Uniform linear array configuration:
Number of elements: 8
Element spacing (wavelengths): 0.5
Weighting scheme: binomial
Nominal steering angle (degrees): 15
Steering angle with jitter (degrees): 16.925
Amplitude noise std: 0.05
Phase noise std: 0.05

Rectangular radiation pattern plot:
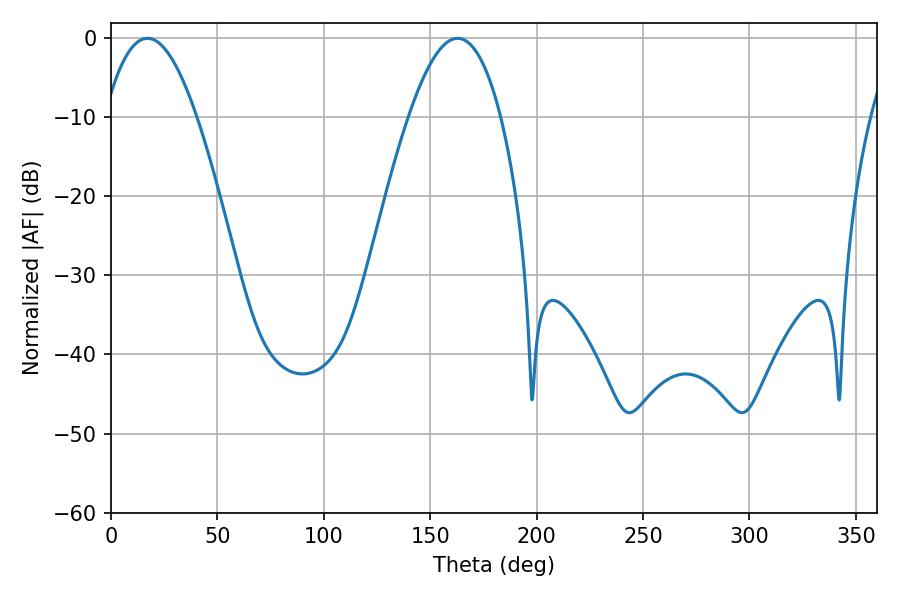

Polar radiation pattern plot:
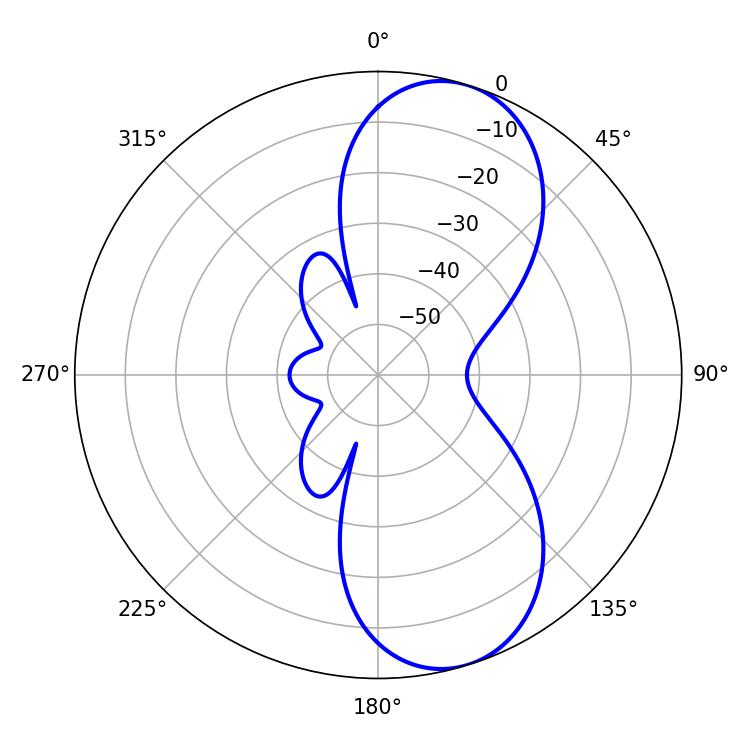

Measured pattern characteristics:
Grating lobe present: FALSE
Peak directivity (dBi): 8.67
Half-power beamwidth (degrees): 23.58
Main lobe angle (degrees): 17.1